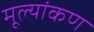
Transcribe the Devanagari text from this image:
मूल्यांकण